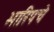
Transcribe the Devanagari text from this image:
भारिपचे